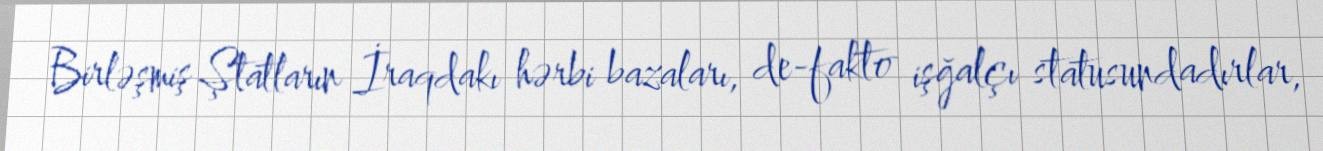
Birləşmiş Ştatların İraqdakı hərbi bazaları, de-fakto işğalçı statusundadırlar,